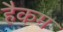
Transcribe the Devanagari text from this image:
हैकम